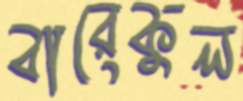
বারেকুল